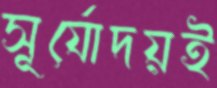
সূর্যোদয়ই